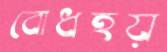
বোধহয়